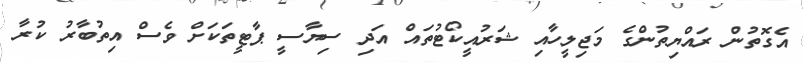
އެގޮތުން ރައްޔިތުންގެ މަޖިލީހާއި ޝަރުއީކޯޓުތައް އަދި ސިޔާސީ ޕާޓީތަކަށް ވެސް އިތުބާރު ކުރާ